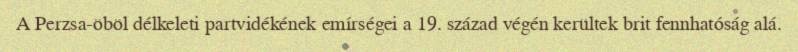
A Perzsa-öböl délkeleti partvidékének emírségei a 19. század végén kerültek brit fennhatóság alá.